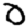
Digit: 0